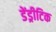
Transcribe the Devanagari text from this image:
डेंड्रीटिक